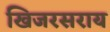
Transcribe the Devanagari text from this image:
खिजरसराय